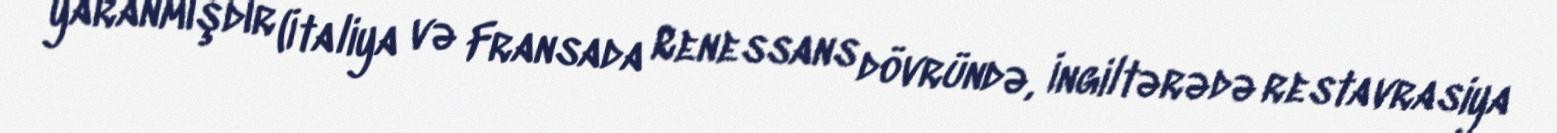
yaranmışdır (İtaliya və Fransada Renessans dövründə, İngiltərədə restavrasiya